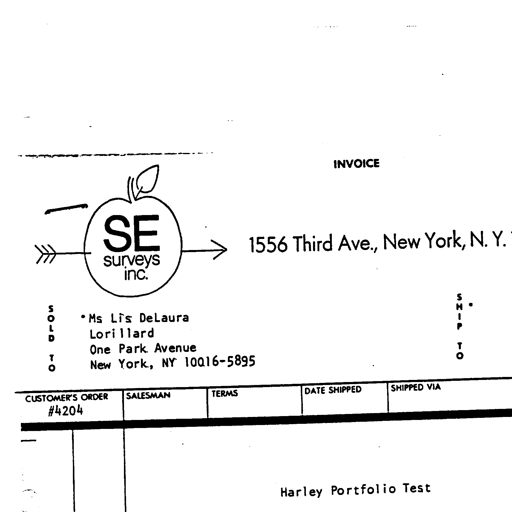
INVOICE
SE surveys inc. 1556 Third Ave., New York, N. Y.
S
O
L
D
T
O Ms Lis DeLaura
Lorillard
One Park Avenue
New York, NY 10016-5895
S
H
I
P
T
O
CUSTOMER'S ORDER SALESMAN TERMS DATE SHIPPED SHIPPED VIA
#4204
Harley Portfolio Test